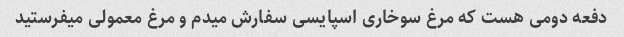
دفعه دومی هست که مرغ سوخاری اسپایسی سفارش میدم و مرغ معمولی میفرستید